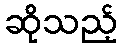
ဆိုသည့်